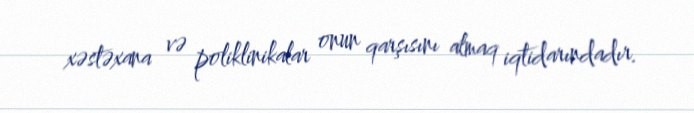
xəstəxana və poliklinikalar onun qarşısını almaq iqtidarındadır.